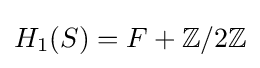
H_{1}(S)=F+\mathbb {Z} /2\mathbb {Z}